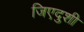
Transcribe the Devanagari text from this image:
जिएदुशी